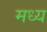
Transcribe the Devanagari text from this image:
मध्य